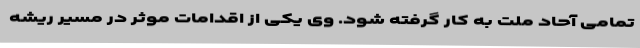
تمامی آحاد ملت به کار گرفته شود. وی یکی از اقدامات موثر در مسیر ریشه